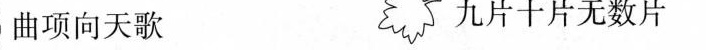
曲项向天歌 九片十片无数片